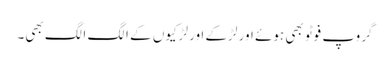
گروپ فوٹو بھی ہوئے اور لڑکے اور لڑکیوں کے الگ الگ بھی۔